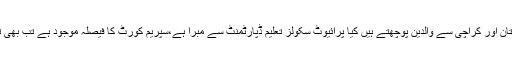
سینیٹر منظور کاکڑ نے کہاکہ بلوچستان اور کراچی سے والدین پوچھتے ہیں کیا پرائیوٹ سکولز تعلیم ڈپارٹمنٹ سے مبرا ہے،سپریم کورٹ کا فیصلہ موجود ہے تب بھی تین ماہ چھٹیوں کی فیس لی جاتی ہے۔